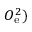
O _ { \mathrm { e } } ^ { 2 } )